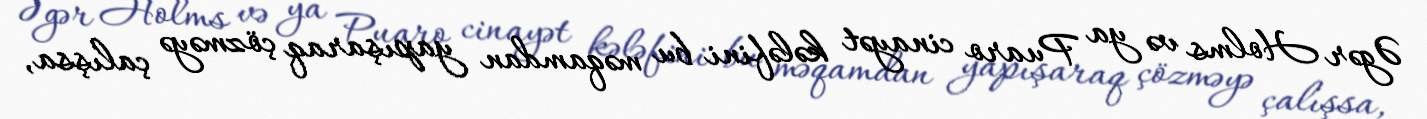
Əgər Holms və ya Puaro cinayət kələfini bu məqamdan yapışaraq çözməyə çalışsa,